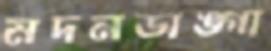
মদনডাঙ্গা